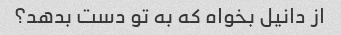
از دانیل بخواه که به تو دست بدهد؟